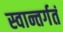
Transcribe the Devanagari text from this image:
स्वान्तर्गतं